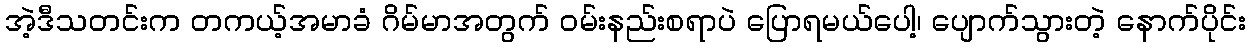
အဲ့ဒီသတင်းက တကယ့်အမာခံ ဂိမ်မာအတွက် ဝမ်းနည်းစရာပဲ ပြောရမယ်ပေါ့၊ ပျောက်သွားတဲ့ နောက်ပိုင်း